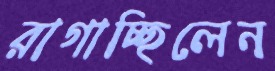
রাগাচ্ছিলেন